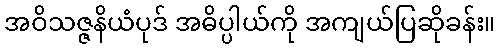
အဝိသဇ္ဇနိယံပုဒ် အဓိပ္ပါယ်ကို အကျယ်ပြဆိုခန်း။